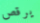
يرقص